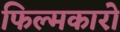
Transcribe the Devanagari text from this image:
फिल्मकारो